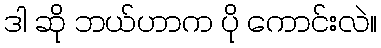
ဒါ ဆို ဘယ်ဟာက ပို ကောင်းလဲ။